Papers set at the Examination for Leaving Certificates, 1895
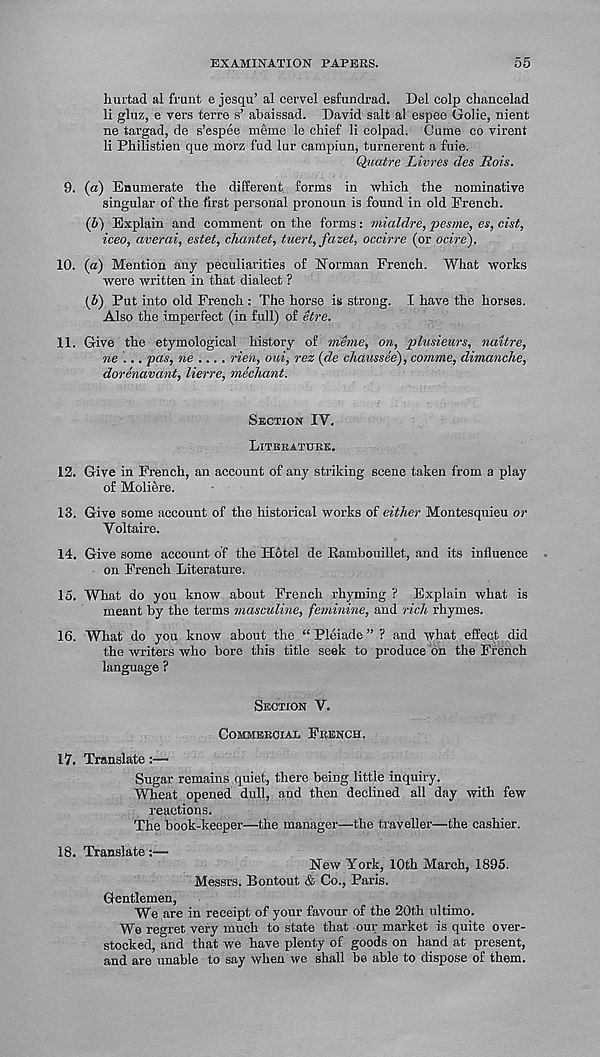
EXAMINATION PAPERS.
55
hmtad al frunt e jesqu’ al cervel esfundrad. Del colp chancelad
li gluz, e vers terre s’ abaissad. David salt al espee Golie, nient
ne targad, de s’espee meme le chief li colpad. Came co virent
li Philistien que morz fad lur campiun, turnerent a fuie.
Quatre Livres des Hois.
9. (a) Enumerate the different forms in which the nominative
singular of the first personal pronoun is found in old French.
(b) Explain and comment on the forms: mialdre, pesme, es, cist,
iceo, averai, estet, chantet, tuert, fazet, occirre (or ocire).
10. (a) Mention any peculiarities of Norman French. What works
were written in that dialect ?
(6) Put into old French : The horse is strong. I have the horses.
Also the imperfect (in full) of etre.
11. Give the etymological history of meme, on, plusieurs, naitre,
ne ... pas, ne .... rien, oui, rez (de chaussee), comme, dimanche,
dorenavant, lierre, mediant.
Section IV.
Litbbatuke.
12. Give in French, an account of any striking scene taken from a play
of Moliere.
13. Give some account of the historical works of either Montesquieu or
Voltaire.
14. Give some account of the Hotel de Rambouillet, and its influence
on French Literature.
15. What do you know about French rhyming ? Explain what is
meant by the terms masculine, feminine, and rich rhymes.
16. What do you know about the “ Pleiade ” ? and what effect did
the writers who bore this title seek to produce bn the French
language ?
Section V.
Commercial French.
17. Translate :—
Sugar remains quiet, there being little inquiry.
Wheat opened dull, and then declined all day with few
reactions.
The book-keeper—the manager—the traveller—the cashier.
18. Translate:—
New York, 10th March, 1895.
Messrs. Bontout & Co., Paris.
Gentlemen,
We are in receipt of your favour of the 20th ultimo.
We regret very much to state that our market is quite over-
stocked, and that we have plenty of goods on hand at present,
and are unable to say when we shall be able to dispose of them.